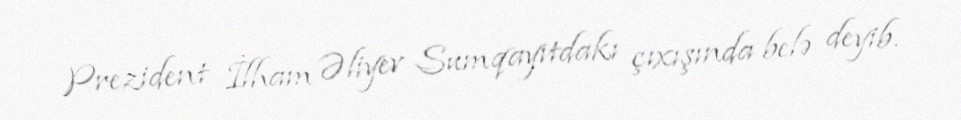
Prezident İlham Əliyev Sumqayıtdakı çıxışında belə deyib.